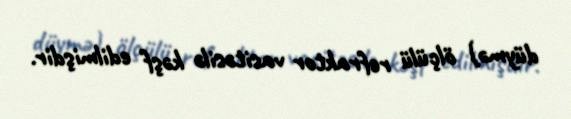
düymə) ölçülü refraktor vasitəsilə kəşf edilmişdir.